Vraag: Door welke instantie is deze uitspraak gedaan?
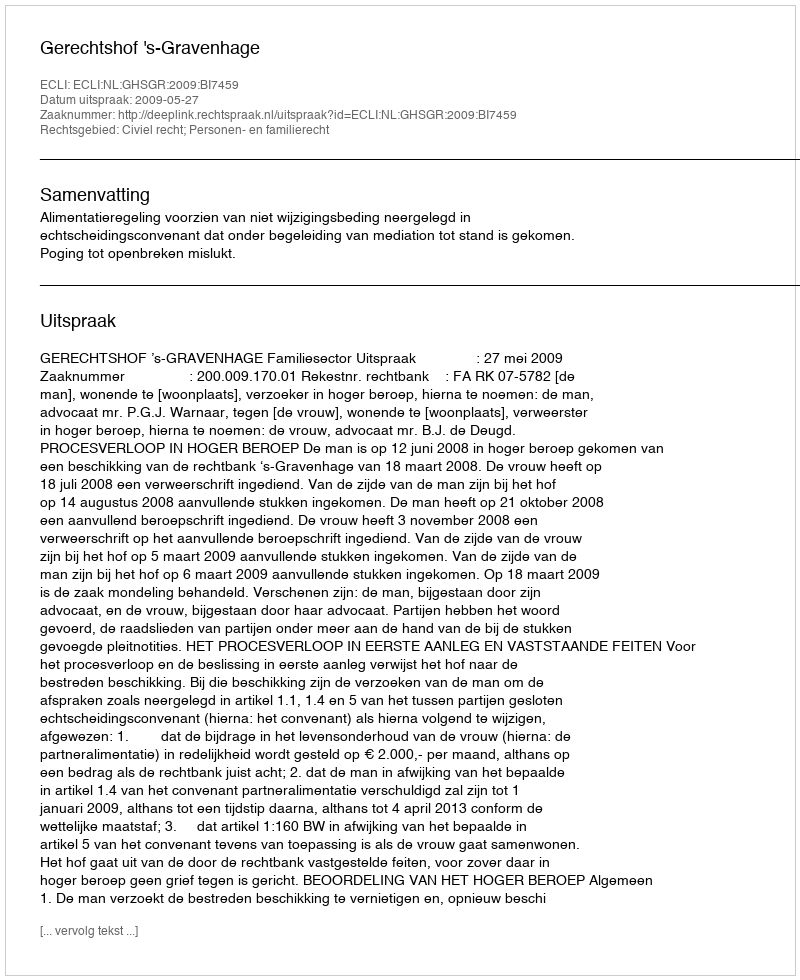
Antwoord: Gerechtshof 's-Gravenhage